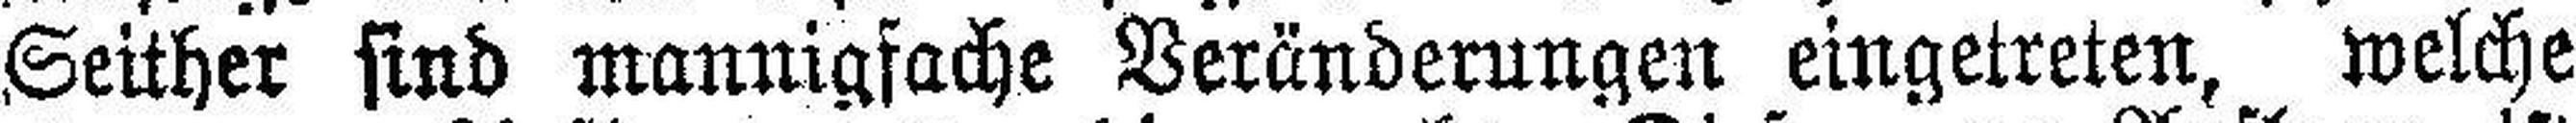
Seither sind mannigfache Veränderungen eingetreten, welche